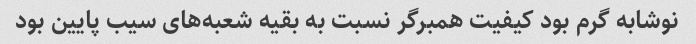
نوشابه گرم بود کیفیت همبرگر نسبت به بقیه شعبه‌های سیب پایین بود